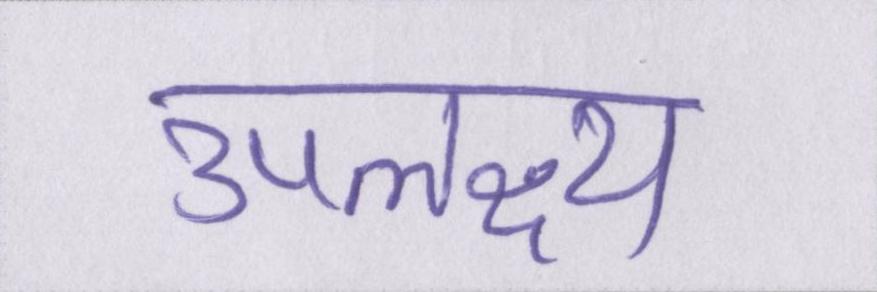
उपलक्ष्य